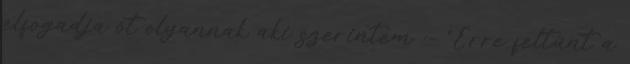
elfogadja őt olyannak aki szerintem :- “Erre feltűnt a